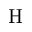
\mathrm { H }